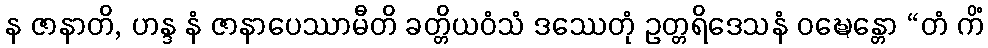
န ဇာနာတိ, ဟန္ဒ နံ ဇာနာပေဿာမီတိ ခတ္တိယဝံသံ ဒဿေတုံ ဥတ္တရိဒေသနံ ဝဍ္ဎေန္တော “တံ ကိံ